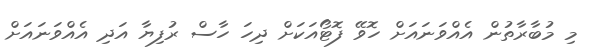
މި މުބާރާތުން އެއްވަނައަށް ހޮވޭ ފޮޓޯއަކަށް ދިހަ ހާސް ރުފިޔާ އަދި އެއްވަނައަށް